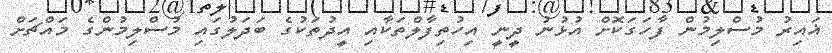
ޣައިރު މުސްލިމުން ފާހަގަކޮށް އުޅުނު ދީނީ އިހުތިފާލްތަކާއި އީދުތަކުގެ ބަދަލުގައި މުސްލިމުންގެ މައްޗަށް